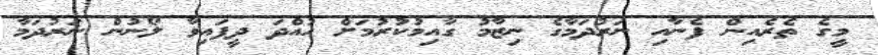
މީގެ ތެރެއިން ފެނާއި ނަރުދަމާގެ ނިޒާމު ގާއިމުކުރުމަށް ހުއްދަ ދީފައިވާ ލޯނުން ނަރުދަމާ